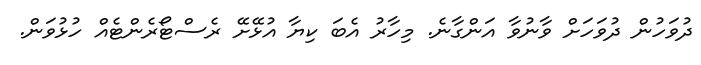
ދުވަހުން ދުވަހަށް ވާނުވާ އަންގާނެ. މިހާރު އެބަ ކިޔާ އުޅޭށޭ ރެސްޓޯރެންޓެއް ހުޅުވަން.